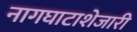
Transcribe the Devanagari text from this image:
नागघाटाशेजारी